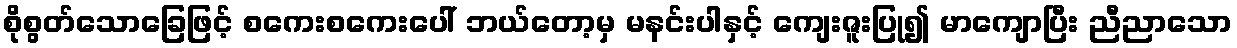
စိုစွတ်သောခြေဖြင့် စကေးစကေးပေါ် ဘယ်တော့မှ မနင်းပါနှင့် ကျေးဇူးပြု၍ မာကျောပြီး ညီညာသော